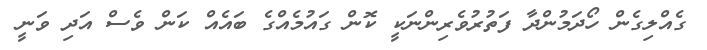
ގެއްލިގެން ހޯދަމުންދާ ފަތުރުވެރިންނަކީ ކޮން ގައުމެއްގެ ބައެއް ކަން ވެސް އަދި ވަނީ